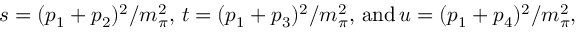
s = ( p _ { 1 } + p _ { 2 } ) ^ { 2 } / m _ { \pi } ^ { 2 } , \, t = ( p _ { 1 } + p _ { 3 } ) ^ { 2 } / m _ { \pi } ^ { 2 } , \, \mathrm { a n d } \, u = ( p _ { 1 } + p _ { 4 } ) ^ { 2 } / m _ { \pi } ^ { 2 } ,